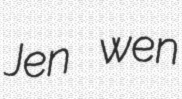
Jen wen